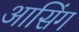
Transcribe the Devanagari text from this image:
आसिंग